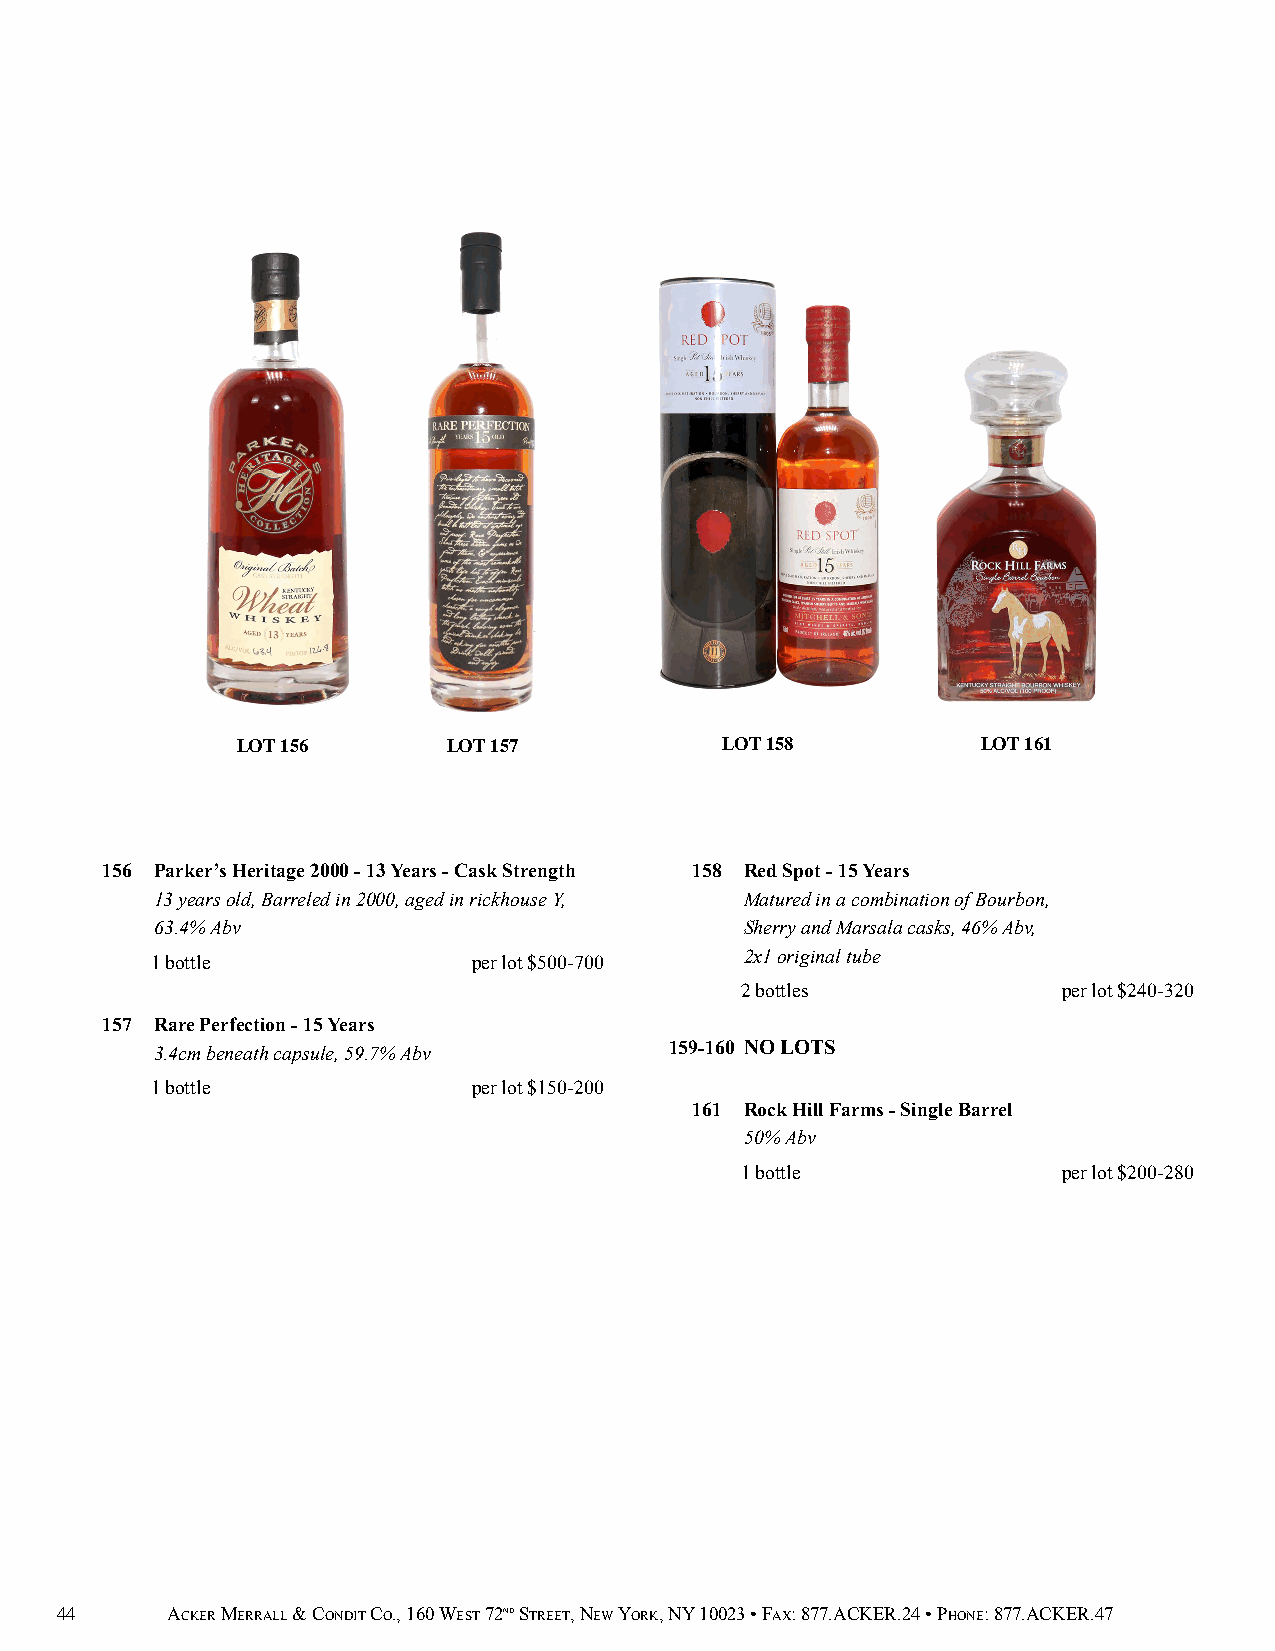
LOT 156       LOT 157           LOT 158          LOT 161
 156 Parker’s Heritage 2000 - 13 Years - Cask Strength 158 Red Spot - 15 Years
 13 years old, Barreled in 2000, aged in rickhouse Y, Matured in a combination of Bourbon,
 63.4% Abv                              Sherry and Marsala casks, 46% Abv,
 1 bottle             per lot $500-700  2x1 original tube
 2 bottles            per lot $240-320
 157 Rare Perfection - 15 Years
 3.4cm beneath capsule, 59.7% Abv  159-160 NO LOTS
 1 bottle             per lot $150-200
 161 Rock Hill Farms - Single Barrel
 50% Abv
 1 bottle             per lot $200-280
 44     ACKER MERRALL & CONDIT CO., 160 WEST 72ND STREET, NEW YORK, NY 10023 • FAX: 877.ACKER.24 • PHONE: 877.ACKER.47